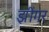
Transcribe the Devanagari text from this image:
झींगर